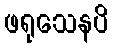
ဖရုသေနပိ